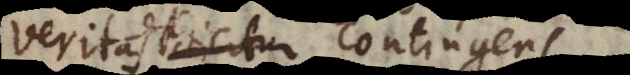
veritas dicitur contingens